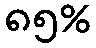
၈၅%